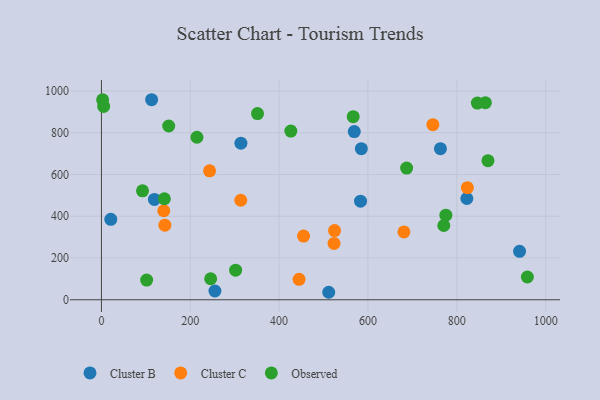
{"axis": {"x": "Price", "y": "Salary"}, "legend": ["Cluster B", "Cluster C", "Observed"], "data": [{"x": "583.3", "y": 471.9, "type": "Cluster B"}, {"x": "822.6", "y": 484.8, "type": "Cluster B"}, {"x": "21.1", "y": 385.3, "type": "Cluster B"}, {"x": "255.5", "y": 41.9, "type": "Cluster B"}, {"x": "763.2", "y": 723.4, "type": "Cluster B"}, {"x": "941.3", "y": 231.8, "type": "Cluster B"}, {"x": "113.0", "y": 957.8, "type": "Cluster B"}, {"x": "314.0", "y": 750.0, "type": "Cluster B"}, {"x": "511.7", "y": 35.9, "type": "Cluster B"}, {"x": "119.3", "y": 480.6, "type": "Cluster B"}, {"x": "569.2", "y": 805.4, "type": "Cluster B"}, {"x": "585.1", "y": 723.5, "type": "Cluster B"}, {"x": "142.8", "y": 357.2, "type": "Cluster C"}, {"x": "243.5", "y": 617.5, "type": "Cluster C"}, {"x": "823.8", "y": 536.5, "type": "Cluster C"}, {"x": "444.9", "y": 97.7, "type": "Cluster C"}, {"x": "524.8", "y": 331.5, "type": "Cluster C"}, {"x": "681.0", "y": 324.8, "type": "Cluster C"}, {"x": "140.4", "y": 426.2, "type": "Cluster C"}, {"x": "455.0", "y": 305.0, "type": "Cluster C"}, {"x": "523.6", "y": 269.7, "type": "Cluster C"}, {"x": "746.1", "y": 838.5, "type": "Cluster C"}, {"x": "313.7", "y": 476.6, "type": "Cluster C"}, {"x": "92.5", "y": 521.5, "type": "Observed"}, {"x": "864.3", "y": 943.7, "type": "Observed"}, {"x": "5.0", "y": 925.8, "type": "Observed"}, {"x": "2.7", "y": 957.3, "type": "Observed"}, {"x": "770.7", "y": 355.5, "type": "Observed"}, {"x": "846.3", "y": 941.9, "type": "Observed"}, {"x": "101.8", "y": 94.1, "type": "Observed"}, {"x": "870.2", "y": 666.2, "type": "Observed"}, {"x": "775.4", "y": 405.2, "type": "Observed"}, {"x": "426.4", "y": 807.7, "type": "Observed"}, {"x": "958.9", "y": 109.0, "type": "Observed"}, {"x": "302.1", "y": 141.8, "type": "Observed"}, {"x": "215.0", "y": 778.2, "type": "Observed"}, {"x": "566.8", "y": 876.5, "type": "Observed"}, {"x": "245.9", "y": 100.7, "type": "Observed"}, {"x": "151.5", "y": 832.0, "type": "Observed"}, {"x": "351.4", "y": 891.3, "type": "Observed"}, {"x": "687.1", "y": 630.6, "type": "Observed"}, {"x": "141.7", "y": 483.8, "type": "Observed"}]}